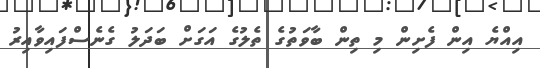
އިއްޔެ އިން ފެށިން މި ތިން ބާވަތުގެ ތެލުގެ އަގަށް ބަދަލު ގެނެސްފައިވާއިރު